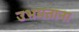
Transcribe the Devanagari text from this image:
उभयताना